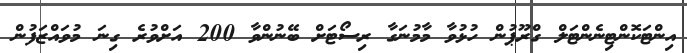
އިންޓަކޮންޓިނެންޓަލް ގްރޫޕުން ހުޅުވާ މާމުނަގާ ރިސޯޓަށް ބޭނުންވާ 200 އަށްވުރެ ގިނަ މުވައްޒަފުން